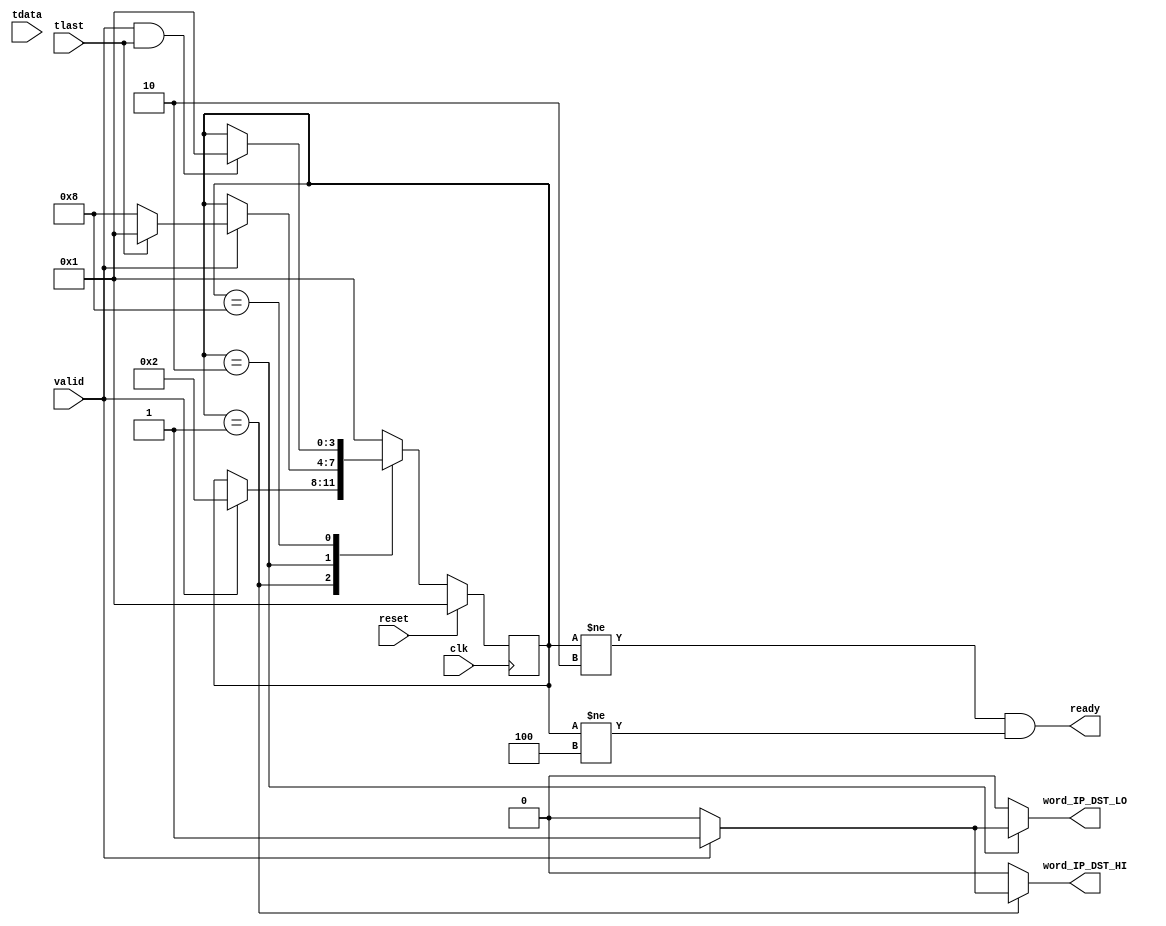
/*******************************************************************************
*
* Copyright (C) 2010, 2011 The Board of Trustees of The Leland Stanford
*                          Junior University
* Copyright (C) grg, Gianni Antichi
* Copyright (C) 2021 Yuta Tokusashi
* All rights reserved.
*
* This software was developed by
* Stanford University and the University of Cambridge Computer Laboratory
* under National Science Foundation under Grant No. CNS-0855268,
* the University of Cambridge Computer Laboratory under EPSRC INTERNET Project EP/H040536/1 and
* by the University of Cambridge Computer Laboratory under DARPA/AFRL contract FA8750-11-C-0249 ("MRC2"), 
* as part of the DARPA MRC research programme,
* and by the University of Cambridge Computer Laboratory under EPSRC EARL Project
* EP/P025374/1 alongside support from Xilinx Inc.
*
* @NETFPGA_LICENSE_HEADER_START@
*
* Licensed under the Apache License, Version 2.0 (the "License");
* you may not use this file except in compliance with the License.
* You may obtain a copy of the License at
*
*  http://www.apache.org/licenses/LICENSE-2.0
*
* Unless required by applicable law or agreed to in writing, software
* distributed under the License is distributed on an "AS IS" BASIS,
* WITHOUT WARRANTIES OR CONDITIONS OF ANY KIND, either express or implied.
* See the License for the specific language governing permissions and
* limitations under the License.
*
* @NETFPGA_LICENSE_HEADER_END@
*
*******************************************************************************/


  module preprocess_control #(
     parameter C_S_AXIS_DATA_WIDTH=256
  ) (// --- Interface to the previous stage

    input [C_S_AXIS_DATA_WIDTH-1:0]    tdata,
    input                              valid,
    input                              tlast,

	output                             ready,

    // --- Interface to other preprocess blocks
    output reg                         word_IP_DST_HI,
    output reg                         word_IP_DST_LO,

    // --- Misc

    input                              reset,
    input                              clk
   );

   function integer log2;
      input integer number;
      begin
         log2=0;
         while(2**log2<number) begin
            log2=log2+1;
         end
      end
   endfunction // log2

   //------------------ Internal Parameter ---------------------------

   localparam WORD_1           = 1;
   localparam WORD_2           = 2;
   localparam STOP_0           = 2;
   localparam STOP_1           = 4;
   localparam WAIT_EOP         = 8;

   //---------------------- Wires/Regs -------------------------------
   reg [3:0]                            state, state_next;

   //------------------------ Logic ----------------------------------
   generate 
      if (C_S_AXIS_DATA_WIDTH == 256) begin
   always @(*) begin
      state_next = state;
      word_IP_DST_HI = 0;
      word_IP_DST_LO = 0;

      case(state)
        WORD_1: begin
           if(valid) begin
              word_IP_DST_HI = 1;
              state_next     = WORD_2;
           end
        end

        WORD_2: begin
           if(valid) begin
              word_IP_DST_LO = 1;
              if(tlast)
                 state_next = WORD_1;
              else
                 state_next = WAIT_EOP;
           end
        end

        WAIT_EOP: begin
           if(valid && tlast) begin
              state_next = WORD_1;
           end
        end
        default: state_next = WORD_1;
      endcase // case(state)
   end // always @ (*)
   end // generate : C_S_AXIS_DATA_WIDTH == 256
       else if (C_S_AXIS_DATA_WIDTH >= 512 ) begin
   always @(*) begin
      state_next = state;
      word_IP_DST_HI = 0;
      word_IP_DST_LO = 0;

      case(state)
        WORD_1: begin
           if(valid) begin
              word_IP_DST_HI = 1;
              word_IP_DST_LO = 1;
              if (tlast)
              state_next = STOP_0;
              else
              state_next = WAIT_EOP;
           end
        end

        STOP_0: begin
           state_next = STOP_1;
        end

        STOP_1: begin
           state_next = WORD_1;
        end

        WAIT_EOP: begin
           if(valid && tlast) begin
              state_next = STOP_0;
           end
        end
        default: state_next = WORD_1;
      endcase // case(state)
   end // always @ (*)
   end
   endgenerate

   assign ready = (state != STOP_0) && (state != STOP_1);

   always@(posedge clk) begin
      if(reset) begin
         state <= WORD_1;
      end
      else begin
         state <= state_next;
      end
   end

endmodule // op_lut_hdr_parser